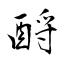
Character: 酹